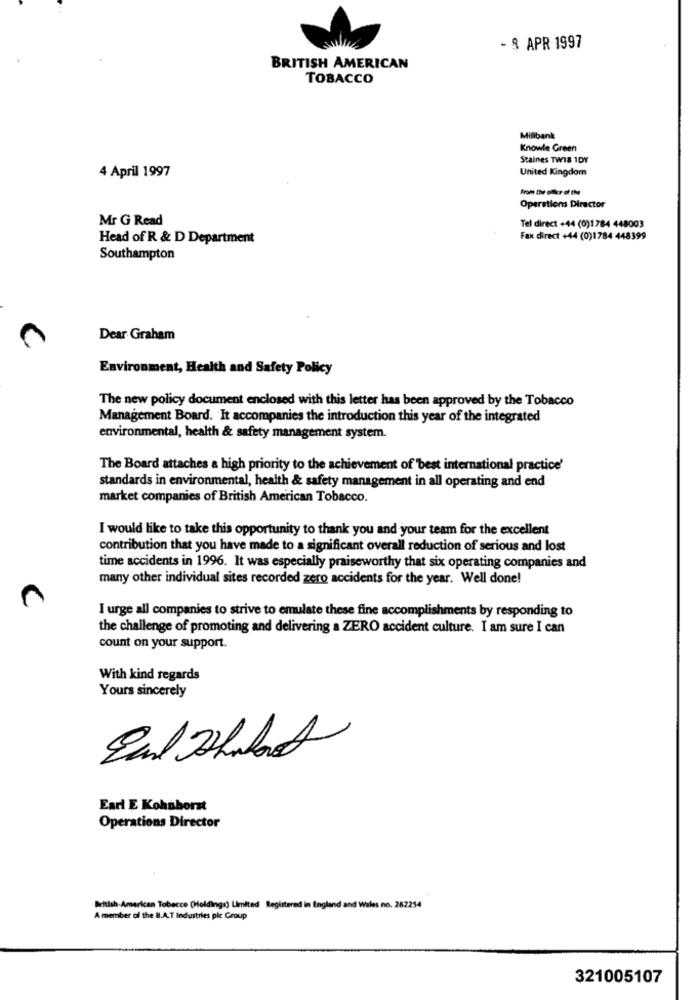
- 8 APR 1997
BRITISH AMERICAN
TOBACCO
Millibank
Knowle Green
Staines TWI8 1DY
United Kingdom
4 April 1997
from the eller of the
Operations Director
Mr G Read
Tel direct +44 (0)1784 448003
Head of R & D Department
Fax direct +44 (0)1784 448399
Southampton
Dear Graham
Environment, Health and Safety Policy
The new policy document enclosed with this letter has been approved by the Tobacco
Management Board. It accompanies the introduction this year of the integrated
environmental, health & safety management system.
The Board attaches a high priority to the achievement of 'best international practice'
standards in environmental, health & safety management in all operating and end
market companies of British American Tobacco.
I would like to take this opportunity to thank you and your team for the excellent
contribution that you have made to a significant overall reduction of serious and lost
time accidents in 1996. It was especially praiseworthy that six operating companies and
many other individual sites recorded zero accidents for the year. Well done!
I urge all companies to strive to emulate these fine accomplishments by responding to
the challenge of promoting and delivering a ZERO accident culture. I am sure I can
count on your support.
With kind regards
Yours sincerely
Earl E Kohnhorst
Operations Director
British American Tobacco (Holdings) Limited Registered in England and Wales no. 262254
A member of the B.A.T Industries ple Group
321005107